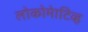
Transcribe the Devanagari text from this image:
लोकोमेाटिव्ह